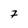
Character: 7